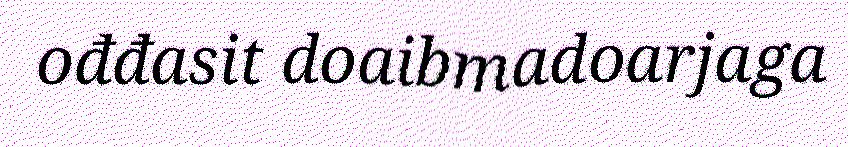
ođđasit doaibmadoarjaga